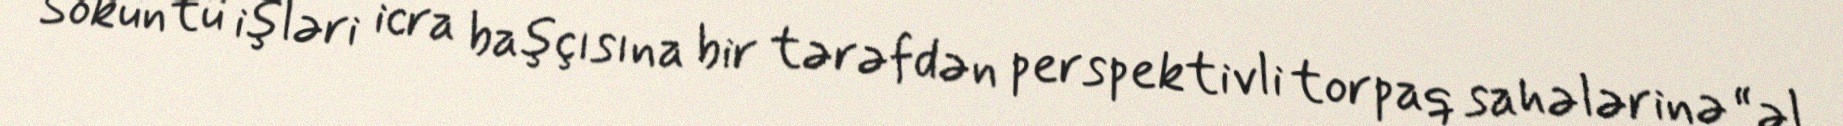
Söküntü işləri icra başçısına bir tərəfdən perspektivli torpaq sahələrinə “əl